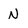
Character: N